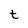
Character: t